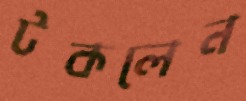
টকলেন